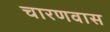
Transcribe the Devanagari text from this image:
चारणवास